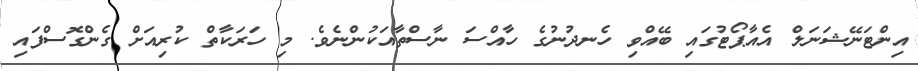
އިންޓަނޭޝަނަލް އެއާޕޯޓުގައި ބޭއްވި ހެނދުނުގެ ހާއްސަ ނާސްތާއަކުންނެވެ. މި ހަރަކާތް ކުރިއަށް ގެންގޮސްފައި